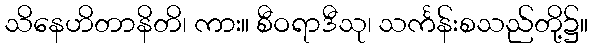
သိနေဟိတာနိတိ၊ ကား။ စီဝရာဒီသု၊ သင်္ကန်းစသည်တို့၌။